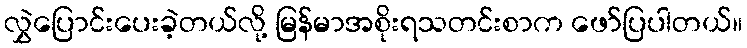
လွှဲပြောင်းပေးခဲ့တယ်လို့ မြန်မာအစိုးရသတင်းစာက ဖော်ပြပါတယ်။